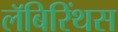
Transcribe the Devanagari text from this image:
लॅबिरिंथस